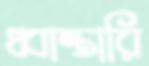
ধ্বান্তারি